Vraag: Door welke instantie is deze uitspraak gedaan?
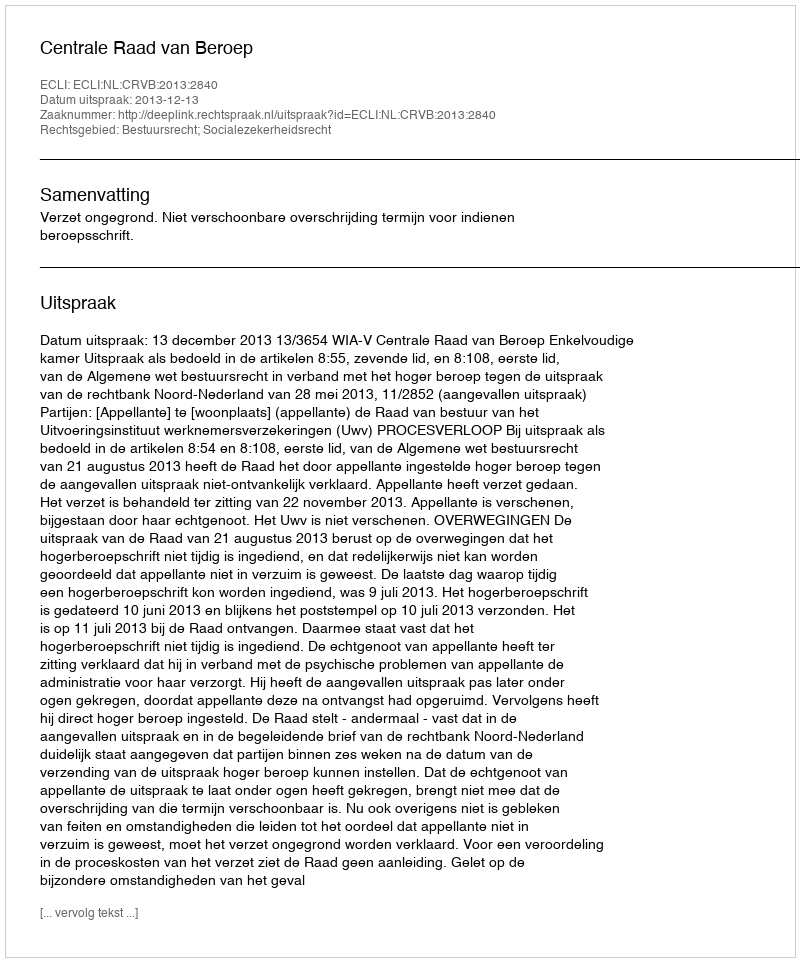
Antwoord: Centrale Raad van Beroep